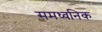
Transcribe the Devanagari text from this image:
समध्वनिक